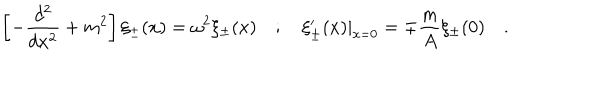
LaTeX: \left[ - \frac { d ^ { 2 } } { d x ^ { 2 } } + m ^ { 2 } \right] \xi _ { \pm } ( x ) = \omega ^ { 2 } \xi _ { \pm } ( x ) \quad ; \quad \xi _ { \pm } ^ { \prime } ( x ) | _ { x = 0 } = \mp \frac { m } { A } \xi _ { \pm } ( 0 ) \quad .